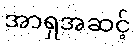
အာရှအဆင့်